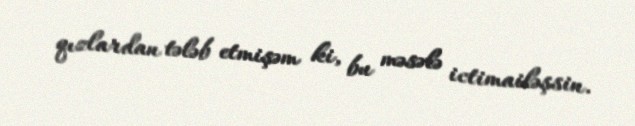
qızlardan tələb etmişəm ki, bu məsələ ictimailəşsin.